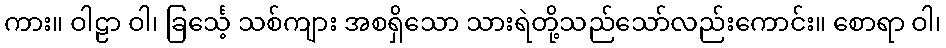
ကား။ ဝါဠာ ဝါ၊ ခြင်္သေ့ သစ်ကျား အစရှိသော သားရဲတို့သည်သော်လည်းကောင်း။ စောရာ ဝါ၊